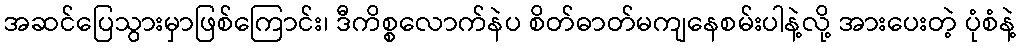
အဆင်ပြေသွားမှာဖြစ်ကြောင်း၊ ဒီကိစ္စလောက်နဲပ စိတ်ဓာတ်မကျနေစမ်းပါနဲ့လို့ အားပေးတဲ့ ပုံစံနဲ့